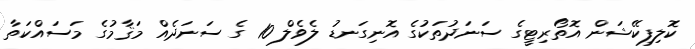
ކޮލިފިކޭޝަން އޮތޯރިޓީގެ ސަނަދުތަކުގެ އޮނިގަނޑު ލެވެލް 10 ގެ ސަނަދެއް މަޤާމުގެ މަސައްކަތާ